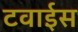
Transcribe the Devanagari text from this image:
टवाईस